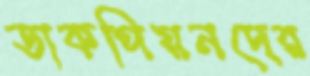
ডাকপিয়নদের